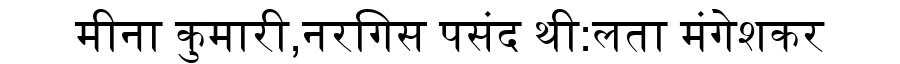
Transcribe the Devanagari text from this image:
मीना कुमारी,नरगिस पसंद थी:लता मंगेशकर